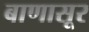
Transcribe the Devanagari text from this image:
बाणासूर